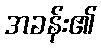
အခန်း၏